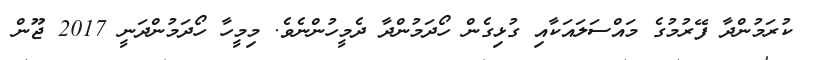
ކުރަމުންދާ ފޭރުމުގެ މައްސަލައަކާއި ގުޅިގެން ހޯދަމުންދާ ދެމީހުންނެވެ. މިމީހާ ހޯދަމުންދަނީ 2017 ޖޫން